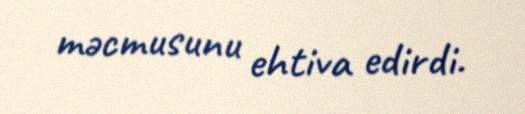
məcmusunu ehtiva edirdi.